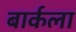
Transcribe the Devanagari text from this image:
बार्कला